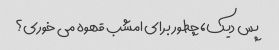
پس دیک، چطور برای امشب قهوه می خوری؟